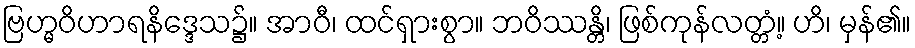
ဗြဟ္မဝိဟာရနိဒ္ဒေသ၌။ အာဝီ၊ ထင်ရှားစွာ။ ဘဝိဿန္တိ၊ ဖြစ်ကုန်လတ္တံ့။ ဟိ၊ မှန်၏။